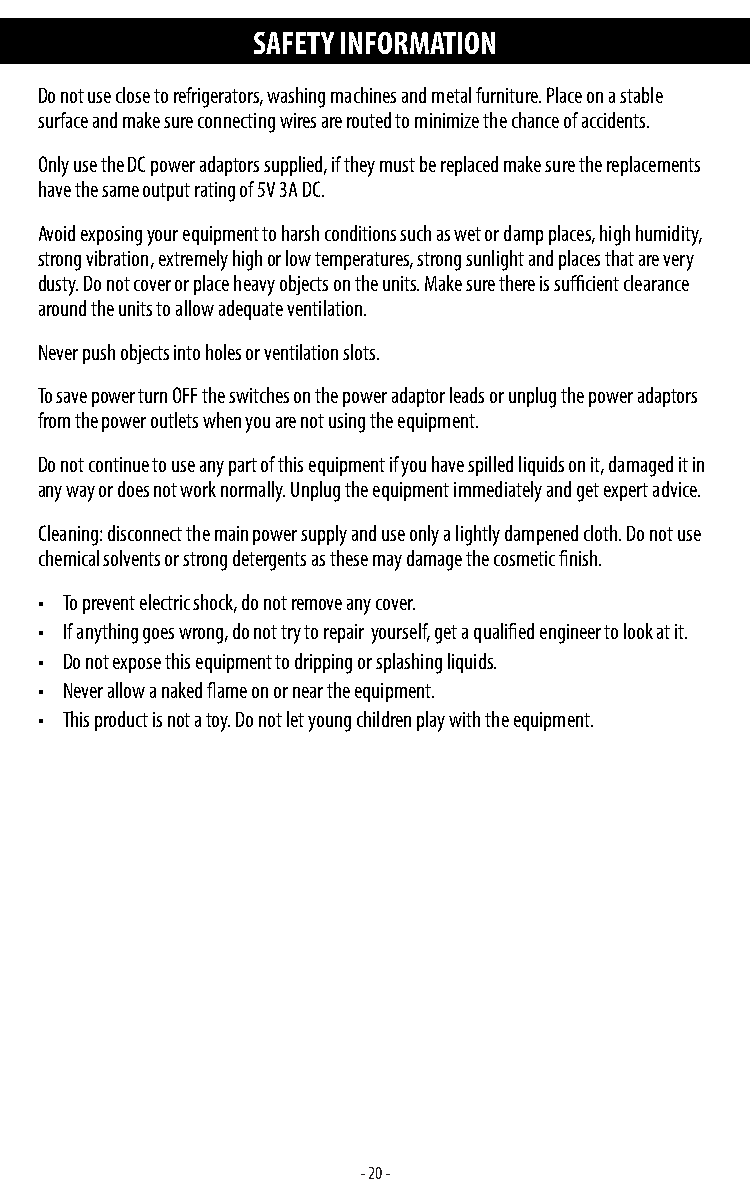
SAFETY INFORMATION
 Do not use close to refrigerators, washing machines and metal furniture. Place on a stable
 surface and make sure connecting wires are routed to minimize the chance of accidents.
 Only use the DC power adaptors supplied, if they must be replaced make sure the replacements
 have the same output rating of 5V 3A DC.
 Avoid exposing your equipment to harsh conditions such as wet or damp places, high humidity,
 strong vibration, extremely high or low temperatures, strong sunlight and places that are very
 dusty. Do not cover or place heavy objects on the units. Make sure there is sufficient clearance
 around the units to allow adequate ventilation.
 Never push objects into holes or ventilation slots.
 To save power turn OFF the switches on the power adaptor leads or unplug the power adaptors
 from the power outlets when you are not using the equipment.
 Do not continue to use any part of this equipment if you have spilled liquids on it, damaged it in
 any way or does not work normally. Unplug the equipment immediately and get expert advice.
 Cleaning: disconnect the main power supply and use only a lightly dampened cloth. Do not use
 chemical solvents or strong detergents as these may damage the cosmetic finish.
 • To prevent electric shock, do not remove any cover.
 • If anything goes wrong, do not try to repair yourself, get a qualified engineer to look at it.
 • Do not expose this equipment to dripping or splashing liquids.
 • Never allow a naked flame on or near the equipment.
 • This product is not a toy. Do not let young children play with the equipment.
 - 20 -